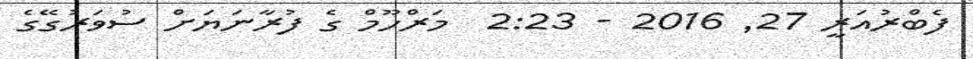
ފެބްރުއަރީ 27